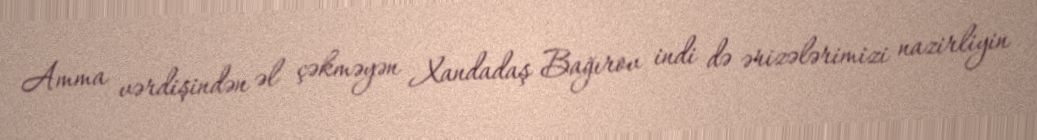
Amma vərdişindən əl çəkməyən Xandadaş Bağırov indi də ərizələrimizi nazirliyin